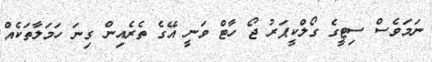
ނަމަވެސް ސިޓީގެ ގޯލްކީޕަރު ޖޯ ހާޓް ވަނީ އޭގެ ތެރެއިން ގިނަ ހަމަލާތަކެއް